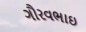
ગૌરવભાઇ